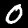
Label: 0